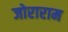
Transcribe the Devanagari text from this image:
जोराराम